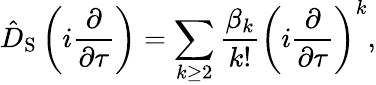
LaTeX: \hat{D}_{\mathrm{S}}\left(i\frac{\partial}{\partial\tau}\right)=\sum_{k\geq 2}\frac{\beta_{k}}{k!}\left(i\frac{\partial}{\partial\tau}\right)^{k},